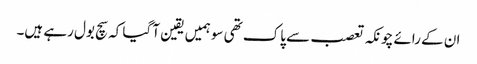
ان کے رائے چونکہ تعصب سے پاک تھی سو ہمیں یقین آ گیا کہ سچ بول رہے ہیں۔